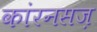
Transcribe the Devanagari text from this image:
कांरनसज़